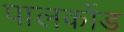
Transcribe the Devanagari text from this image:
पालकोंड